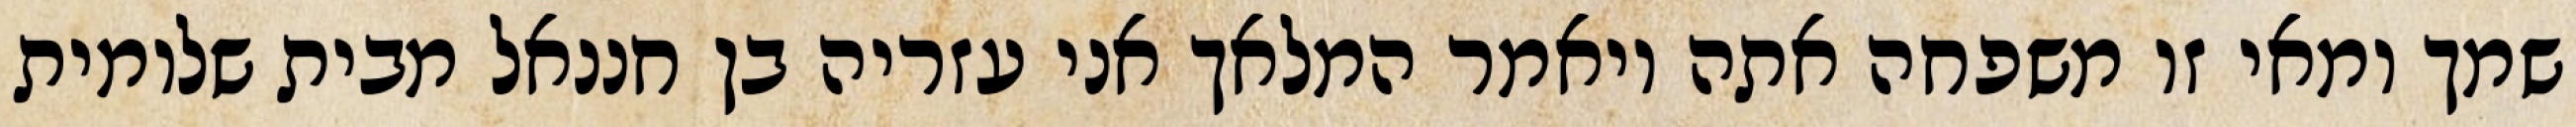
שמך ומאי זו משפחה אתה ויאמר המלאך אני עזריה בן חננאל מבית שלומית